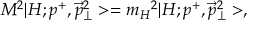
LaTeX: M ^ { 2 } | H ; p ^ { + } , { \vec { p } _ { \perp } } ^ { 2 } > = { m _ { H } } ^ { 2 } | H ; p ^ { + } , { \vec { p } _ { \perp } } ^ { 2 } > ,